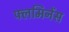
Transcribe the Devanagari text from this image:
फ्लमिनेंस